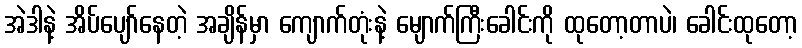
အဲဒါနဲ့ အိပ်ပျော်နေတဲ့ အချိန်မှာ ကျောက်တုံးနဲ့ မျောက်ကြီးခေါင်းကို ထုတော့တာပဲ၊ ခေါင်းထုတော့